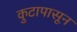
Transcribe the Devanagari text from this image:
कुटापासून